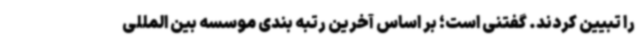
را تبیین کردند. گفتنی است؛ بر اساس آخرین رتبه بندی موسسه بین المللی